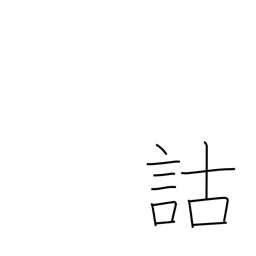
Meaning: critical analysis of classical texts